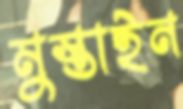
মুস্তাইন